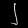
Digit: ၂